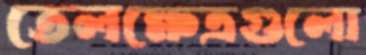
তেলক্ষেত্রগুলো